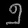
Digit: ၅